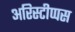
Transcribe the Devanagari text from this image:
अरिस्टीप्पस